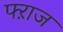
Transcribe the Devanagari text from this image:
फ्ऱाज